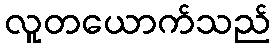
လူတယောက်သည်